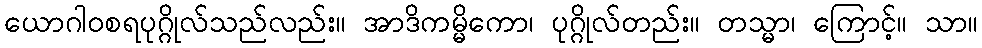
ယောဂါဝစရပုဂ္ဂိုလ်သည်လည်း။ အာဒိကမ္မိကော၊ ပုဂ္ဂိုလ်တည်း။ တသ္မာ၊ ကြောင့်။ သာ။